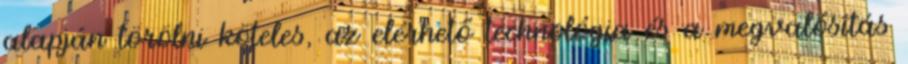
alapján törölni köteles, az elérhető technológia és a megvalósítás